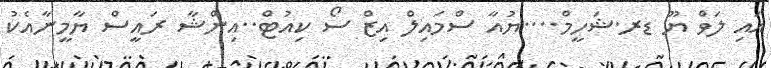
އައި ލަވް ޔޫ ޑރ.ޝަހީމް....ޔުއާ ސްމައިލް އިޒް ސޯ ކިއުޓް..އިންޝާ ރައީސް ޔާމީނާއެކު